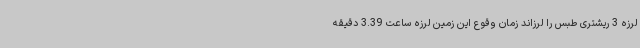
لرزه 3 ریشتری طبس را لرزاند زمان وقوع این زمین لرزه ساعت 3.39 دقیقه